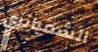
الشمبانزي